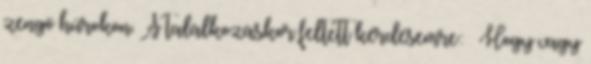
zengő húrokon. A találkozáskor feltett kérdésemre: – Hogy vagy